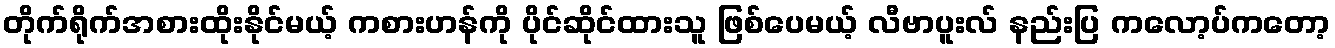
တိုက်ရိုက်အစားထိုးနိုင်မယ့် ကစားဟန်ကို ပိုင်ဆိုင်ထားသူ ဖြစ်ပေမယ့် လီဗာပူးလ် နည်းပြ ကလော့ပ်ကတော့